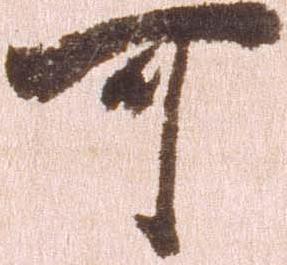
可